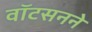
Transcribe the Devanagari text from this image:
वॉटसनने